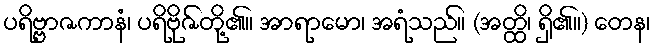
ပရိဗ္ဗာဇကာနံ၊ ပရိဗိုဇ်တို့၏။ အာရာမော၊ အရံသည်။ (အတ္ထိ၊ ရှိ၏။) တေန၊